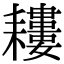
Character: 𦔪